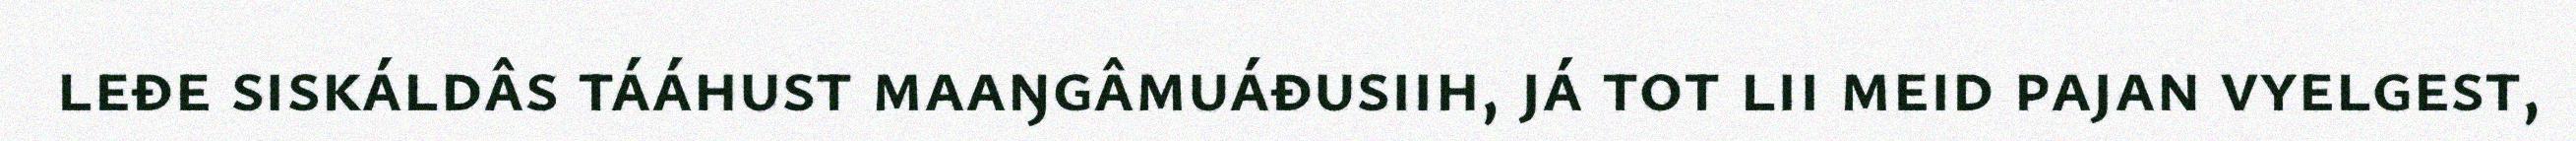
leđe siskáldâs tááhust maaŋgâmuáđusiih, já tot lii meid pajan vyelgest,